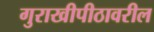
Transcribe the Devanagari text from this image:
गुराखीपीठावरील